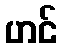
ဟင်